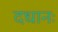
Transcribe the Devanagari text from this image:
दधानः